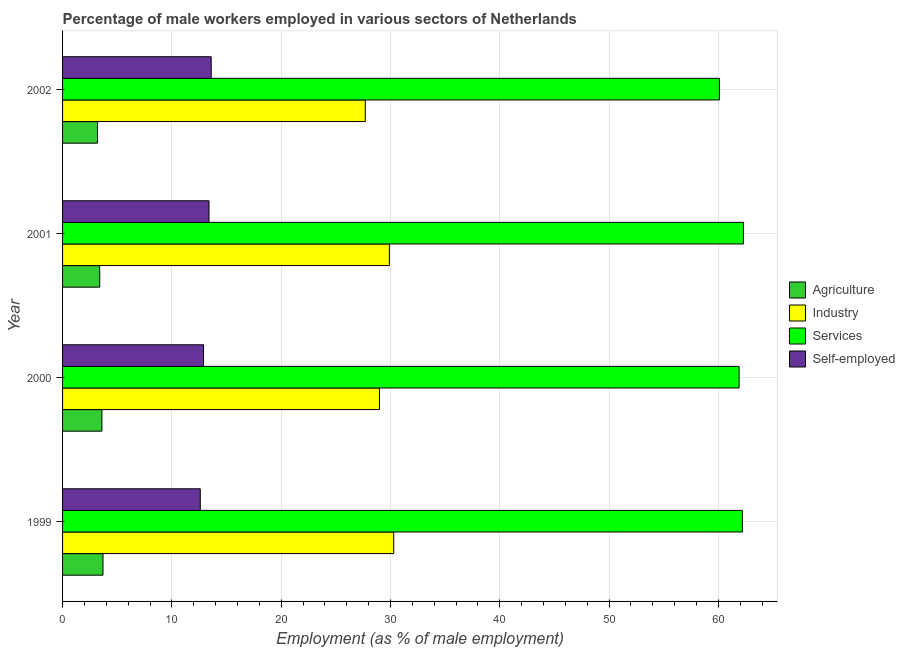
| Year | Agriculture | Industry | Services | Self-employed |
 | --- | --- | --- | --- | --- |
 | 1999 | 3.7 | 30.3 | 62.2 | 12.6 |
 | 2000 | 3.6 | 29 | 61.9 | 12.9 |
 | 2001 | 3.4 | 29.9 | 62.3 | 13.4 |
 | 2002 | 3.2 | 27.7 | 60.1 | 13.6 |